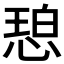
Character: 𫺠